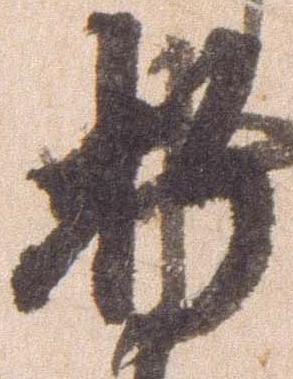
折